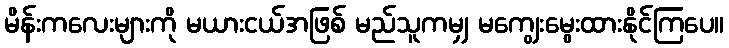
မိန်းကလေးများကို မယားငယ်အဖြစ် မည်သူကမျှ မကျွေးမွေးထားနိုင်ကြပေ။